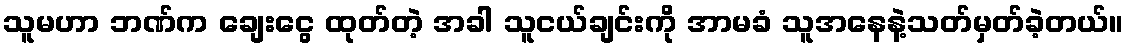
သူမဟာ ဘဏ်က ချေးငွေ ထုတ်တဲ့ အခါ သူငယ်ချင်းကို အာမခံ သူအနေနဲ့သတ်မှတ်ခဲ့တယ်။